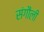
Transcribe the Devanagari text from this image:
संगौली